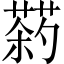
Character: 𬞠